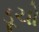
ડૂચો